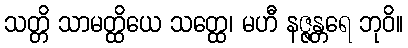
သတ္တိ သာမတ္ထိယေ သတ္ထေ၊ မဟီ နဇ္ဇန္တရေ ဘုဝိ။